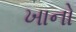
ખાનો